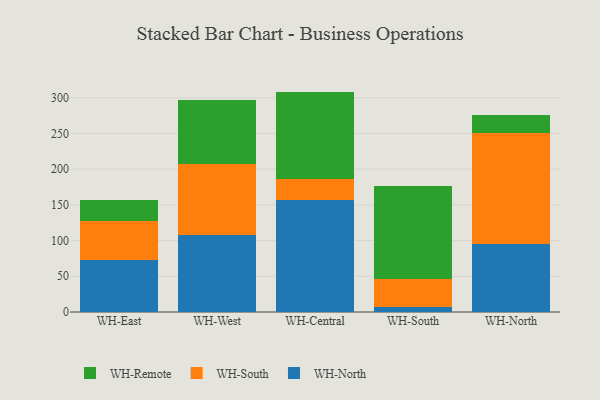
{"axis": {"x": "Warehouse", "y": "Revenue (USD Million)"}, "legend": ["WH-North", "WH-Remote", "WH-South"], "data": [{"x": "WH-East", "y": 73.1, "type": "WH-North"}, {"x": "WH-East", "y": 54.2, "type": "WH-South"}, {"x": "WH-East", "y": 29.4, "type": "WH-Remote"}, {"x": "WH-West", "y": 108.3, "type": "WH-North"}, {"x": "WH-West", "y": 99.1, "type": "WH-South"}, {"x": "WH-West", "y": 89.2, "type": "WH-Remote"}, {"x": "WH-Central", "y": 156.5, "type": "WH-North"}, {"x": "WH-Central", "y": 29.6, "type": "WH-South"}, {"x": "WH-Central", "y": 122.5, "type": "WH-Remote"}, {"x": "WH-South", "y": 6.8, "type": "WH-North"}, {"x": "WH-South", "y": 38.9, "type": "WH-South"}, {"x": "WH-South", "y": 130.2, "type": "WH-Remote"}, {"x": "WH-North", "y": 95.9, "type": "WH-North"}, {"x": "WH-North", "y": 154.2, "type": "WH-South"}, {"x": "WH-North", "y": 25.8, "type": "WH-Remote"}]}